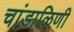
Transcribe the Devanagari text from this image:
चांडाळिणी